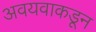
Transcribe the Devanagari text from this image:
अवयवाकडून